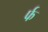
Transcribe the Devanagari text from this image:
र्फ